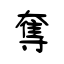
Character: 奪